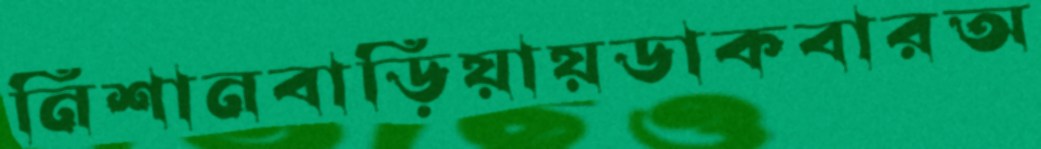
নিশানবাড়িয়ায়ডাকবারঅ